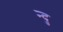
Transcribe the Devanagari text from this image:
न्दु